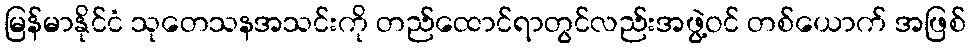
မြန်မာနိုင်ငံ သုတေသနအသင်းကို တည်ထောင်ရာတွင်လည်းအဖွဲ့ဝင် တစ်ယောက် အဖြစ်